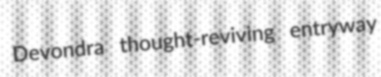
Devondra thought-reviving entryway